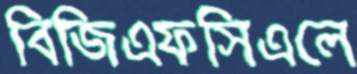
বিজিএফসিএলে